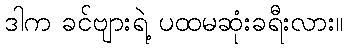
ဒါက ခင်ဗျားရဲ့ ပထမဆုံးခရီးလား။